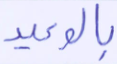
بالوعيد